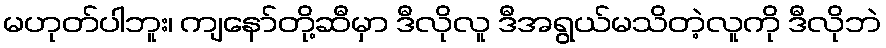
မဟုတ်ပါဘူး၊ ကျနော်တို့ဆီမှာ ဒီလိုလူ ဒီအရွယ်မသိတဲ့လူကို ဒီလိုဘဲ